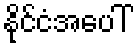
နိုင်ငံအပေါ်